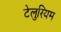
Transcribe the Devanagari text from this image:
टेलुरियम